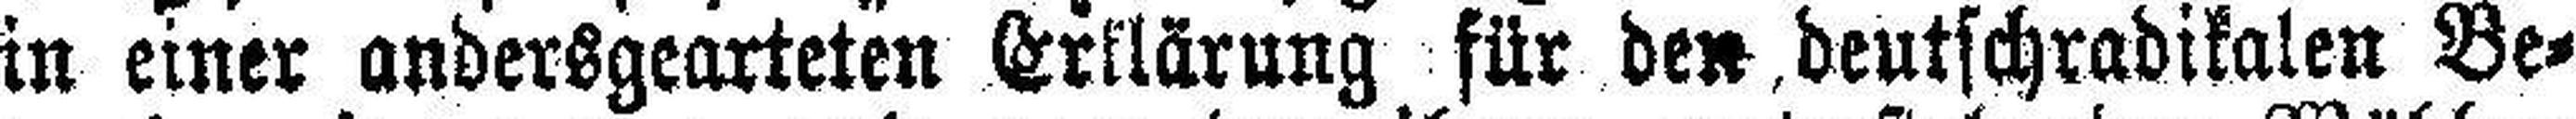
in einer andersgearteten Erklärung für den deutschradikalen Be¬